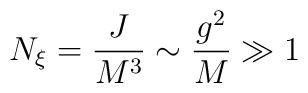
N_\xi = {J \over M^3}\sim {g^2 \over M}  \gg 1